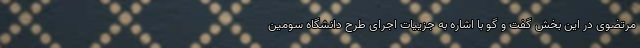
مرتضوی در این بخش گفت و گو با اشاره به جزییات اجرای طرح دانشگاه سومین